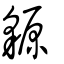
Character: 䝠